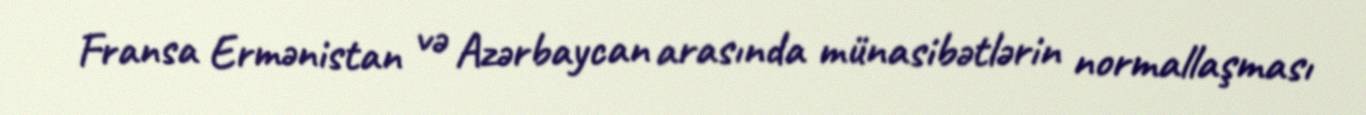
Fransa Ermənistan və Azərbaycan arasında münasibətlərin normallaşması